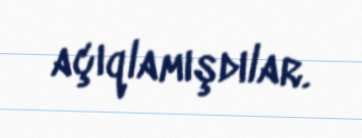
açıqlamışdılar.